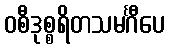
ဝစီဒုစ္စရိတသမင်္ဂီပေ